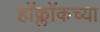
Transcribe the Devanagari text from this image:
हॉक्लॉकच्या